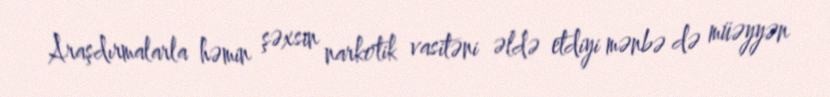
Araşdırmalarla həmin şəxsin narkotik vasitəni əldə etdiyi mənbə də müəyyən